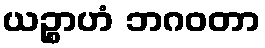
ယဉ္စာဟံ ဘဂဝတာ